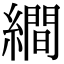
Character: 𦅘